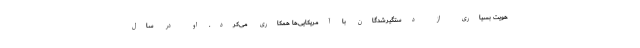
هویت بسیاری از دستگیرشدگان با آمریکایی‌ها همکاری می‌کرد. او در سال